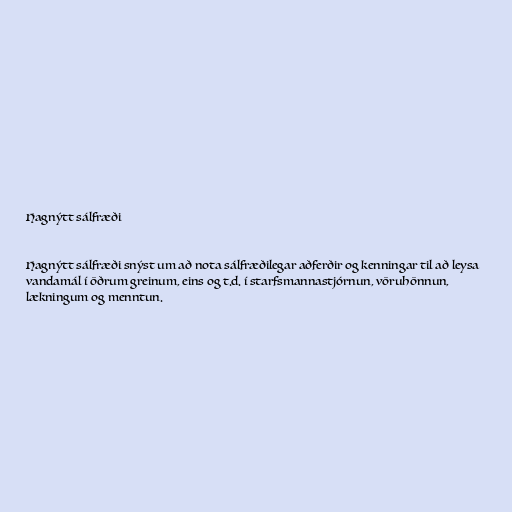
Hagnýtt sálfræði

Hagnýtt sálfræði snýst um að nota sálfræðilegar aðferðir og kenningar til að leysa
vandamál í öðrum greinum, eins og t.d. í starfsmannastjórnun, vöruhönnun,
lækningum og menntun.